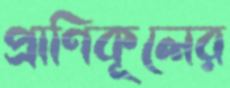
প্রাণিকূলের